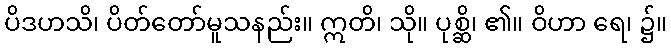
ပိဒဟသိ၊ ပိတ်တော်မူသနည်း။ ဣတိ၊ သို။ ပုစ္ဆိ၊ ၏။ ဝိဟာ ရေ၊ ၌။